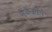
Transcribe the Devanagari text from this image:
मॅकेंझीने